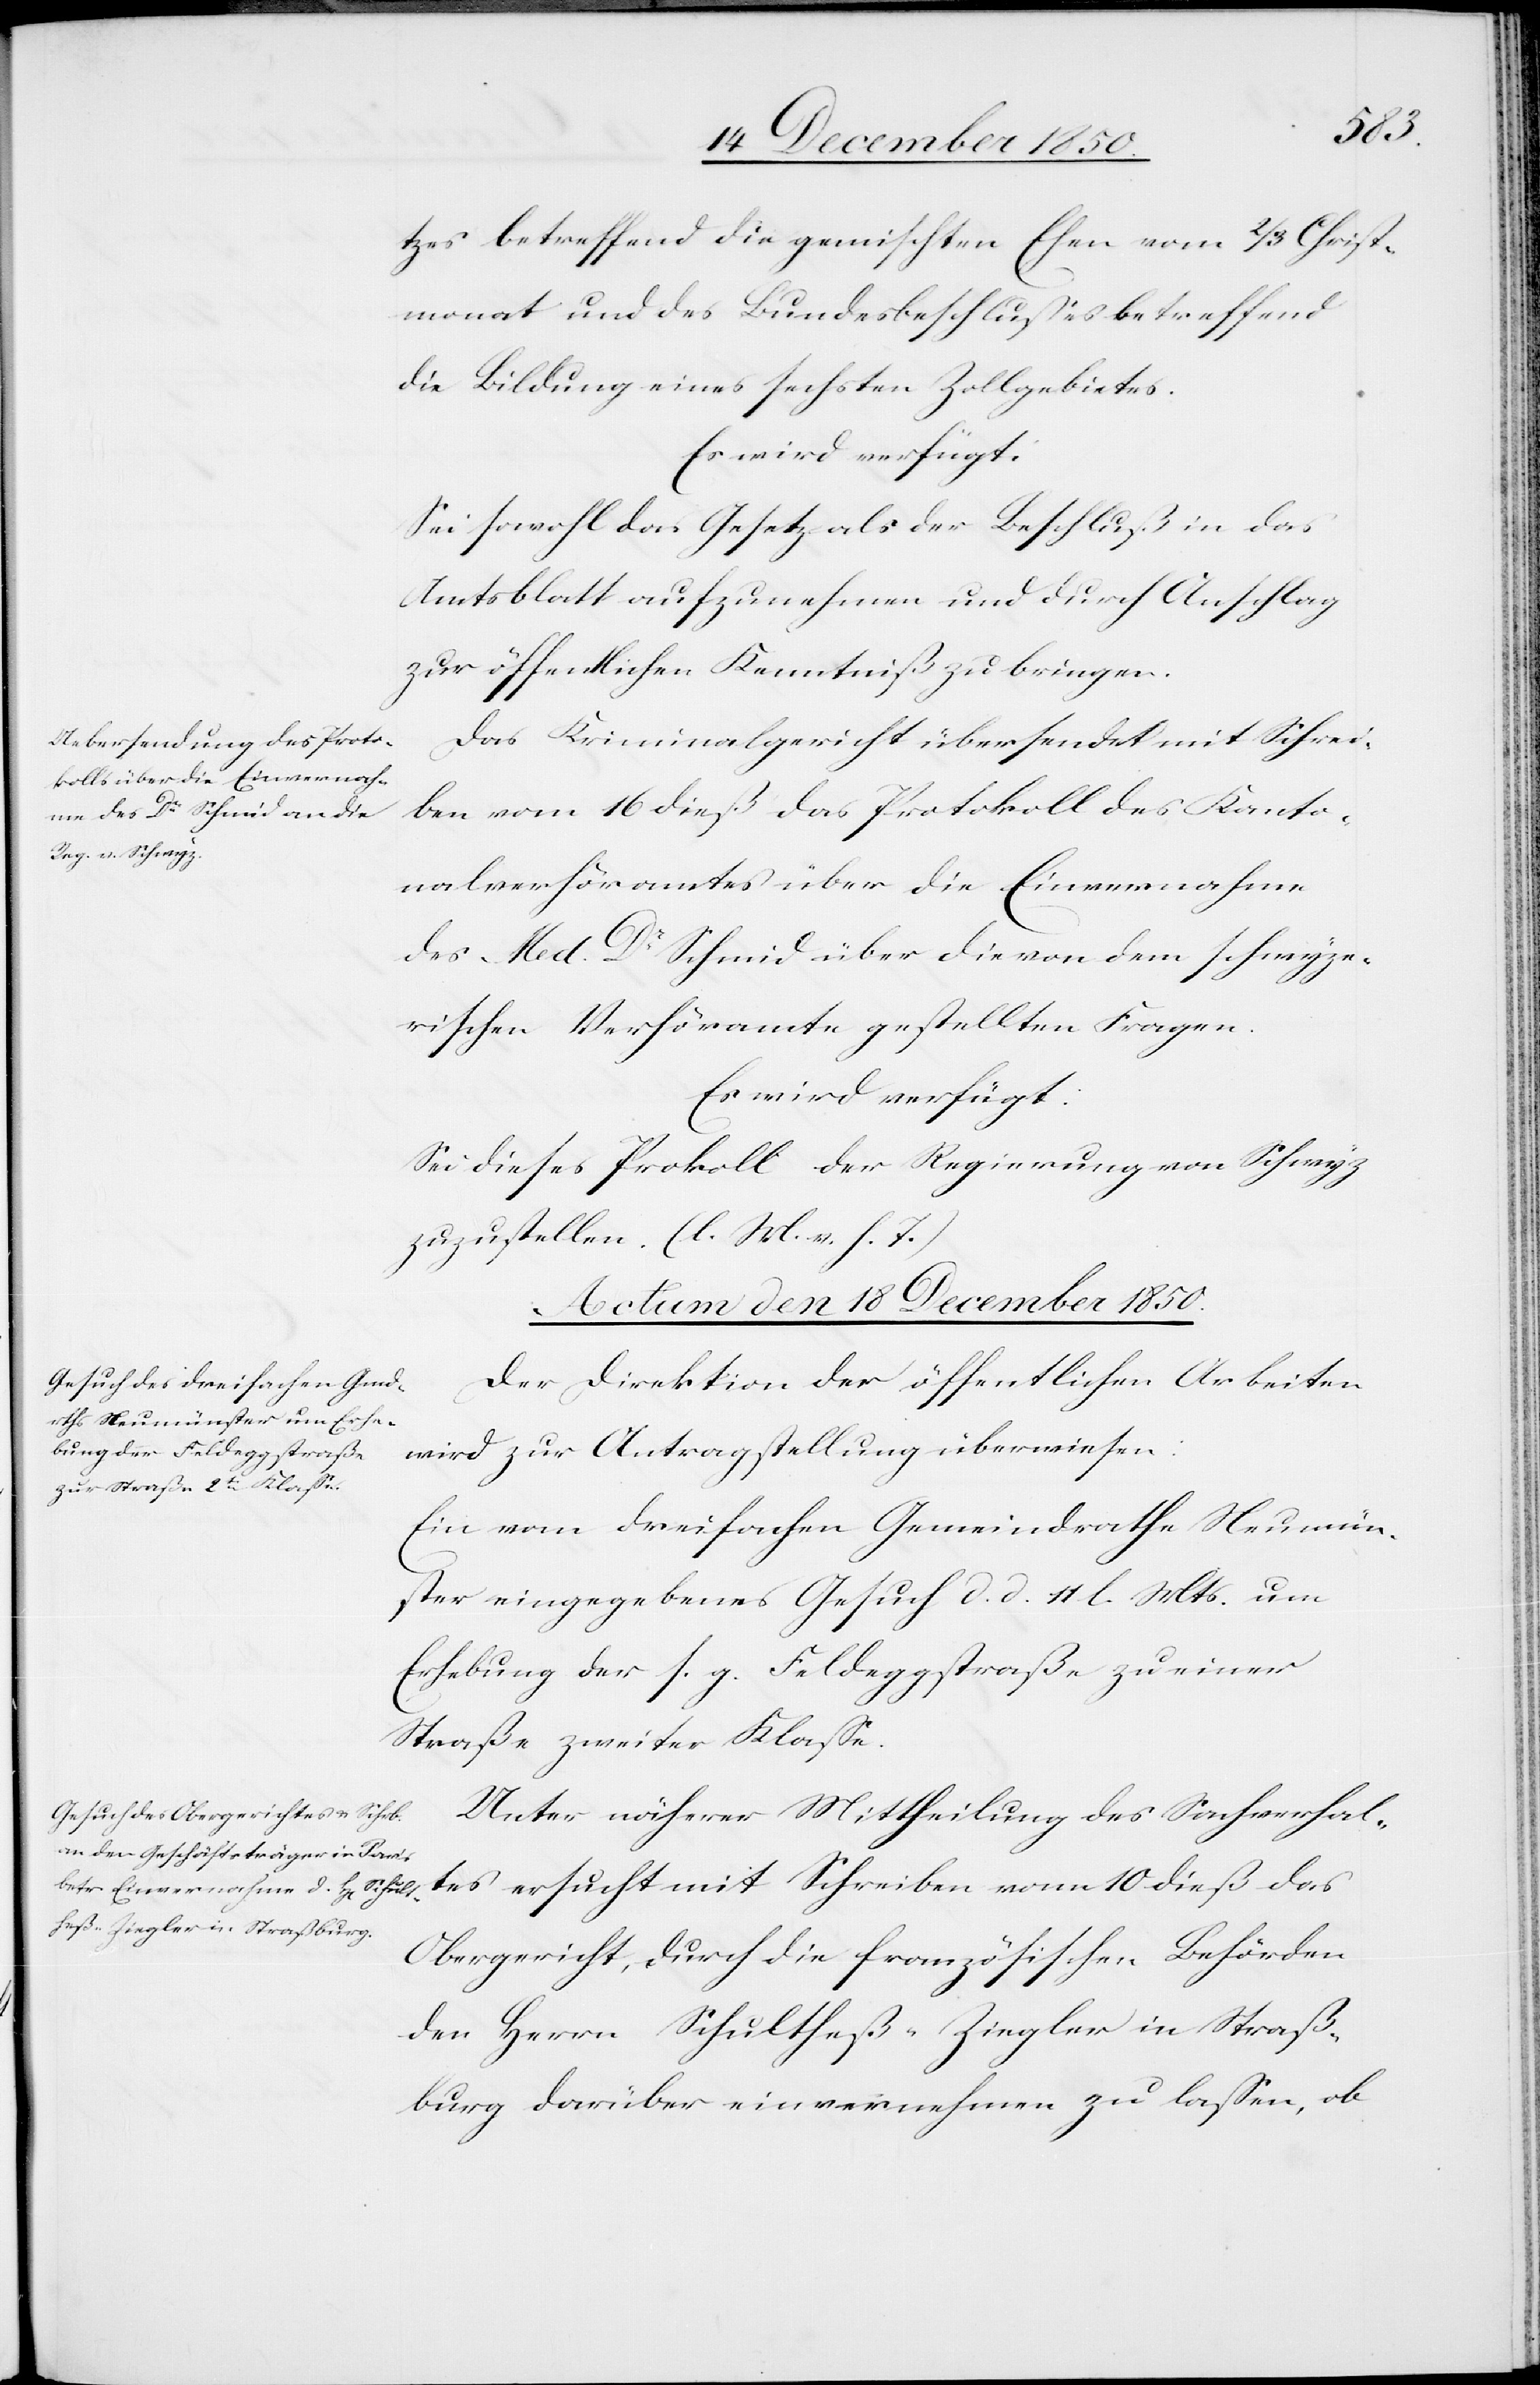
tzes betreffend die gemischten Ehen vom 2/3 Christ¬
monat und des Bundesbeschlusses betreffend
die Bildung eines sechsten Zollgebietes.
Es wird verfügt:
Sei sowohl das Gesetz als der Beschluß in das
Amtsblatt aufzunehmen und durch Anschlag
zur öffentlichen Kenntniß zu bringen.
Das Kriminalgericht übersendet mit Schrei¬
ben vom 16 dieß das Protokoll des Kanto¬
nalverhöramtes über die Einvernahme
des Med. Dr Schmid über die von dem schwyze¬
rischen Verhöramte gestellten Fragen.
Es wird verfügt:
Sei dieses Pro[to]koll der Regierung von Schwyz
zuzustellen. (l. M. v. h. T.)
Actum den 18 December 1850.]
Der Direktion der öffentlichen Arbeiten
wird zur Antragstellung überwiesen:
Ein vom dreifachen Gemeindrathe Neumün¬
ster eingegebenes Gesuch d. d. 11 l. Mts. um
Erhebung der s. g. Feldeggstraße zu einer
Straße zweiter Klasse.
Unter näherer Mittheilung des Sachverhal¬
tes ersucht mit Schreiben vom 10 dieß das
Obergericht, durch die französischen Behörden
den Herrn Schultheß-Ziegler in Straß¬
burg darüber einvernehmen zu lassen, ob